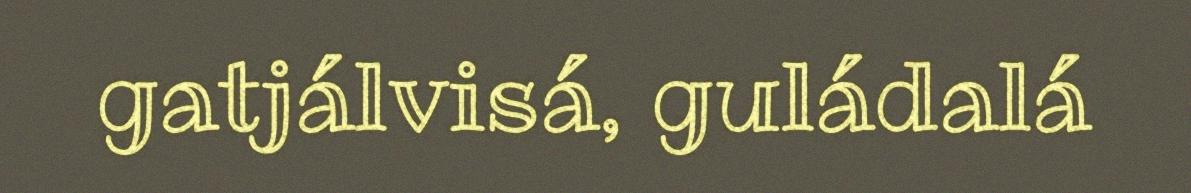
gatjálvisá, guládalá